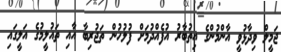
ޖަމީލް ވިދާޅުވީ އާންމުންގެ އިތުބާރު އުފެއްދުމަށް ފުލުހުން ތަޖުރިބާ އާއި ތައުލީމުގެ އަލީގައި